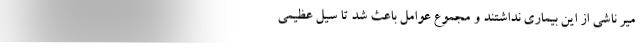
میر ناشی از این بیماری نداشتند و مجموع عوامل باعث شد تا سیل عظیمی